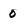
Character: 0